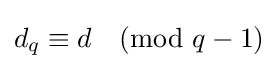
d_{q}\equiv d{\pmod {q-1}}